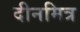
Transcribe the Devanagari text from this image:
दीनमित्र